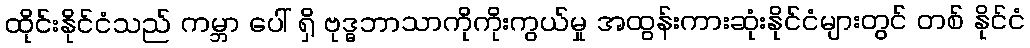
ထိုင်းနိုင်ငံသည် ကမ္ဘာ ပေါ် ရှိ ဗုဒ္ဓဘာသာကိုကိုးကွယ်မှု အထွန်းကားဆုံးနိုင်ငံများတွင် တစ် နိုင်ငံ